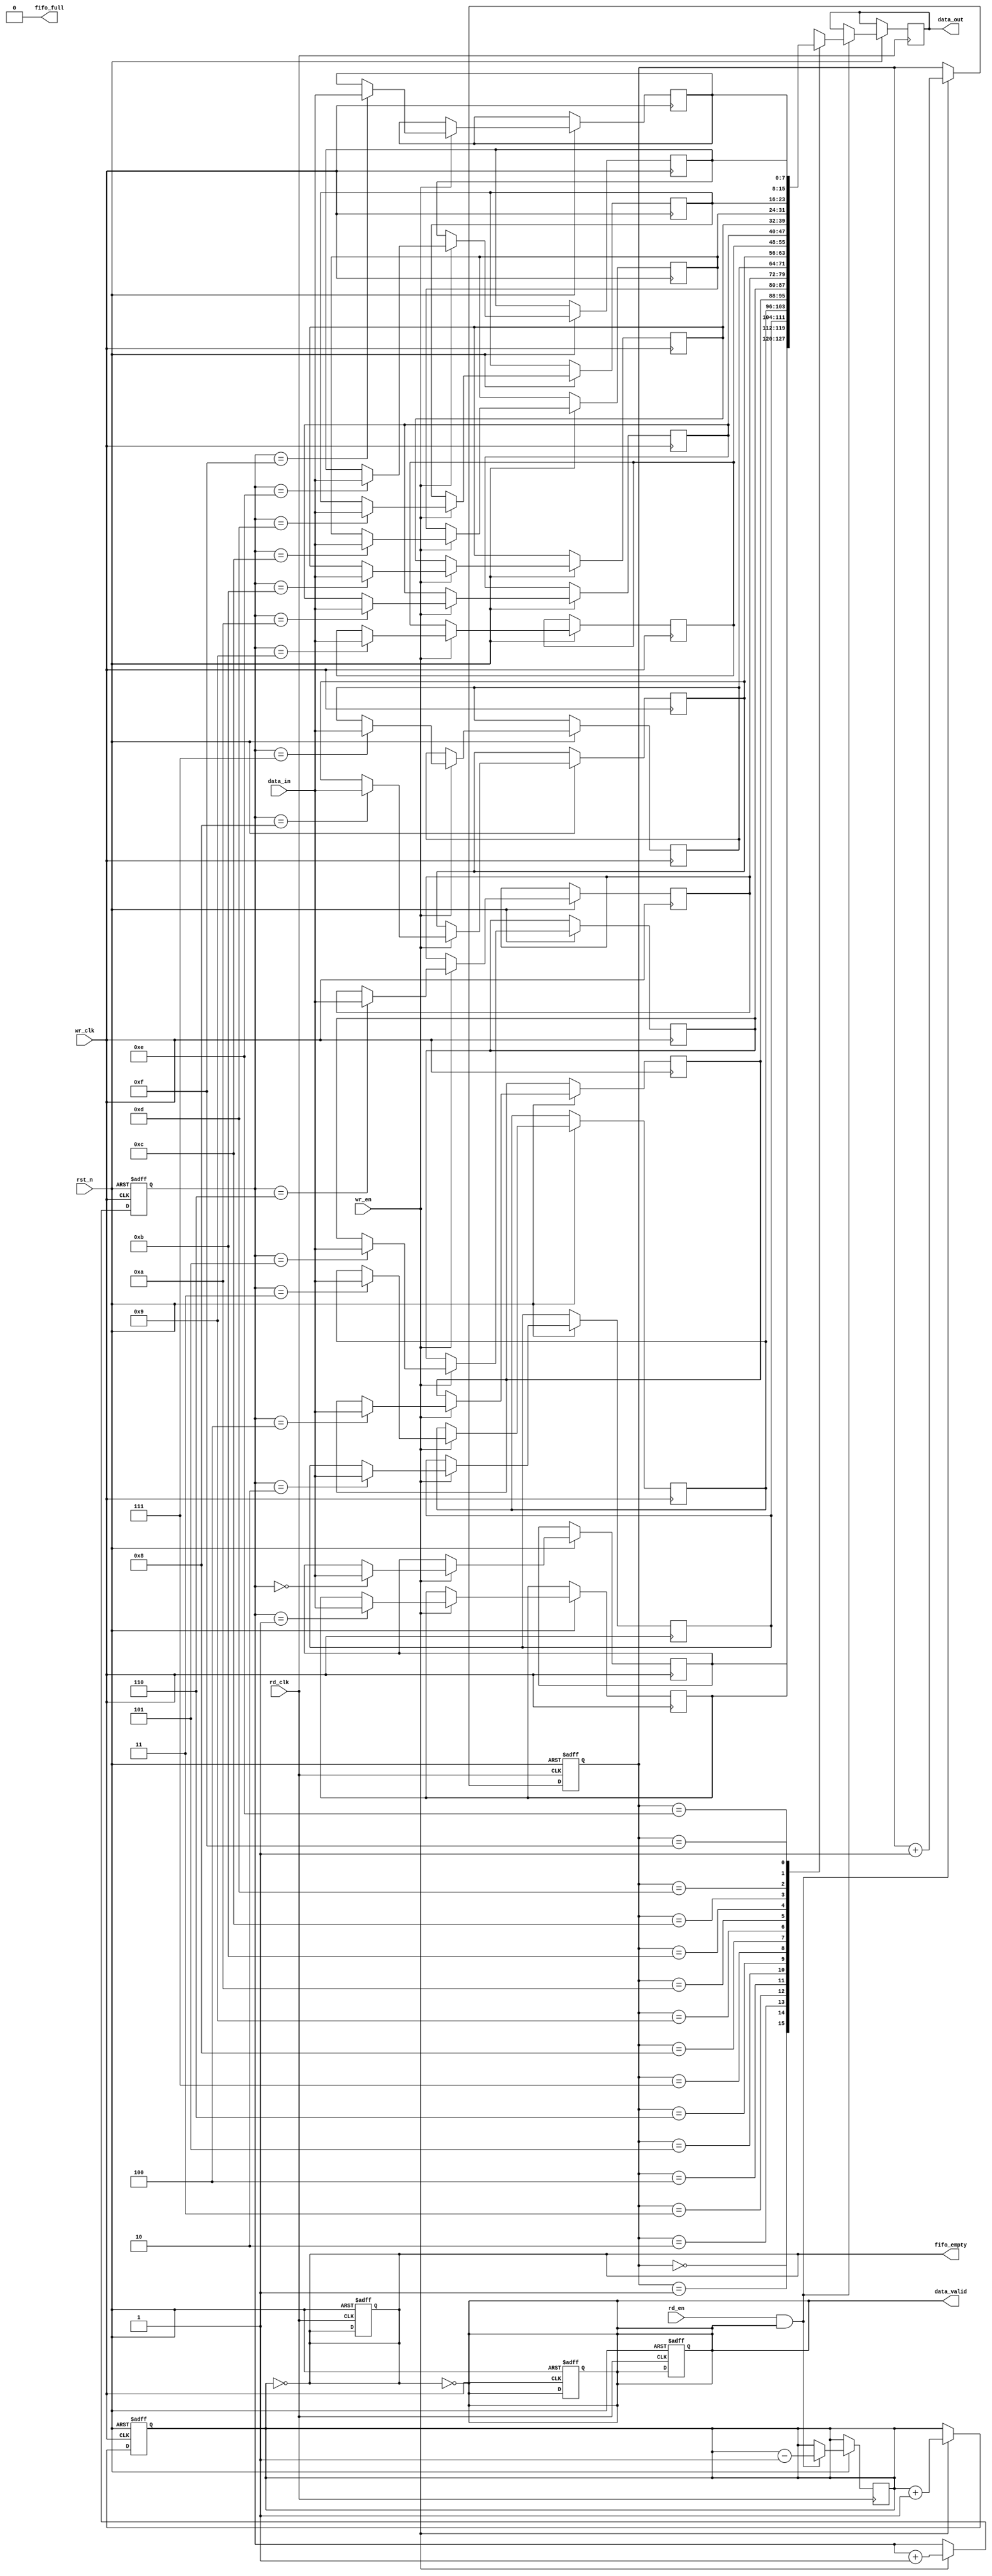
module async_fifo #(
    parameter DATA_WIDTH = 8,      // Width of the data
    parameter FIFO_DEPTH = 16       // Depth of the FIFO (must be a power of 2)
)(
    input  wire                  wr_clk,      // Write clock
    input  wire                  rd_clk,      // Read clock
    input  wire                  rst_n,       // Active low reset
    input  wire                  wr_en,       // Write enable
    input  wire                  rd_en,       // Read enable
    input  wire [DATA_WIDTH-1:0] data_in,     // Data input
    output reg [DATA_WIDTH-1:0] data_out,    // Data output
    output reg                  fifo_full,    // FIFO full flag
    output reg                  fifo_empty,   // FIFO empty flag
    output reg                  data_valid     // Data valid signal
);

    // Pointer definitions
    reg [3:0] wr_ptr;                     // Write pointer
    reg [3:0] rd_ptr;                     // Read pointer
    reg [3:0] fifo_count;                 // Number of elements in FIFO
    reg [DATA_WIDTH-1:0] fifo_mem [0:FIFO_DEPTH-1]; // Memory array for FIFO

    // Asynchronous Reset
    always @(posedge wr_clk or negedge rst_n) begin
        if (!rst_n) begin
            wr_ptr <= 4'b0;
            fifo_count <= 4'b0;
            fifo_full <= 1'b0;
            data_valid <= 1'b0;
        end else if (wr_en && !fifo_full) begin
            fifo_mem[wr_ptr] <= data_in;
            wr_ptr <= wr_ptr + 1'b1;
            fifo_count <= fifo_count + 1'b1;
        end
    end

    always @(posedge rd_clk or negedge rst_n) begin
        if (!rst_n) begin
            rd_ptr <= 4'b0;
            fifo_empty <= 1'b1;
            data_valid <= 1'b0;
        end else if (rd_en && !fifo_empty) begin
            data_out <= fifo_mem[rd_ptr];
            rd_ptr <= rd_ptr + 1'b1;
            fifo_count <= fifo_count - 1'b1;
        end
    end

    // Full and Empty flag management
    always @(*) begin
        fifo_full = (fifo_count == FIFO_DEPTH);
        fifo_empty = (fifo_count == 4'b0);
        data_valid = !fifo_empty; // Data is valid if FIFO is not empty
    end

endmodule